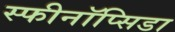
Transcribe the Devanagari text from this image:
स्फीनॉप्सिडा